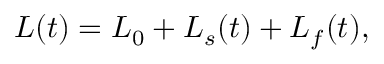
L ( t ) = L _ { 0 } + L _ { s } ( t ) + L _ { f } ( t ) ,